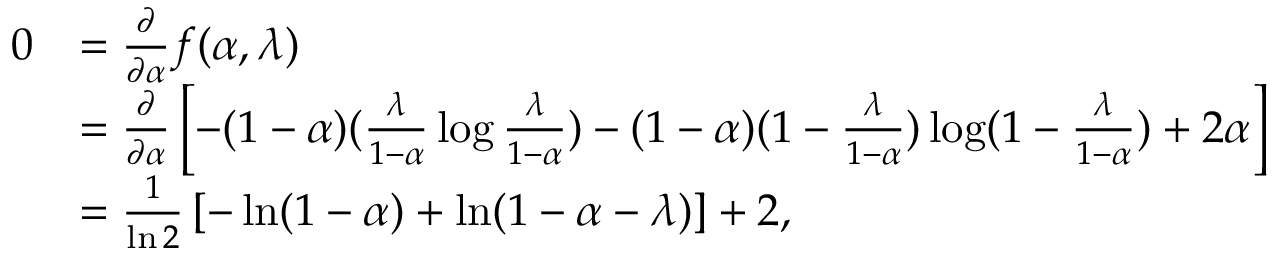
\begin{array} { r l } { 0 } & { = \frac { \partial } { \partial \alpha } f ( \alpha , \lambda ) } \\ & { = \frac { \partial } { \partial \alpha } \left[ - ( 1 - \alpha ) ( \frac { \lambda } { 1 - \alpha } \log \frac { \lambda } { 1 - \alpha } ) - ( 1 - \alpha ) ( 1 - \frac { \lambda } { 1 - \alpha } ) \log ( 1 - \frac { \lambda } { 1 - \alpha } ) + 2 \alpha \right] } \\ & { = \frac { 1 } { \ln 2 } \left[ - \ln ( 1 - \alpha ) + \ln ( 1 - \alpha - \lambda ) \right] + 2 , } \end{array}